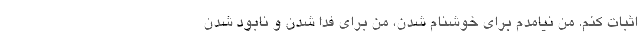
اثبات کنم. من نیامدم برای خوشنام شدن، من برای فدا شدن و نابود شدن